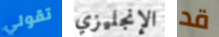
تقولي الإنجليزي قد